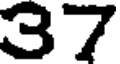
37